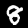
Label: 8